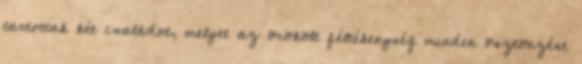
tartottak két családot, melyet az örökölt féltékenység minden ösztönzése